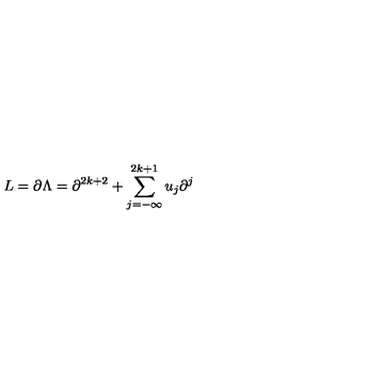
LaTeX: L = \partial \Lambda = \partial ^ { 2 k + 2 } + \sum _ { j = - \infty } ^ { 2 k + 1 } u _ { j } \partial ^ { j }